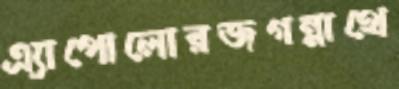
এ্যাপোলোরজগন্নাথে